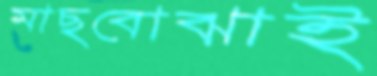
মাছবোঝাই